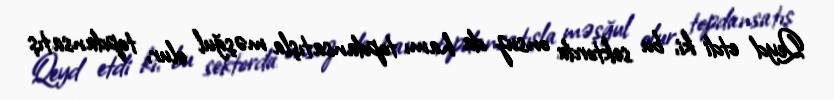
Qeyd etdi ki, bu sektorda onsuz da hamı topdansatışla məşğul olur, topdansatış